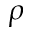
\rho